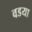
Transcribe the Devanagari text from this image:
वडया